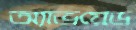
অ্যাভয়েড